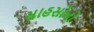
સાહસોનો